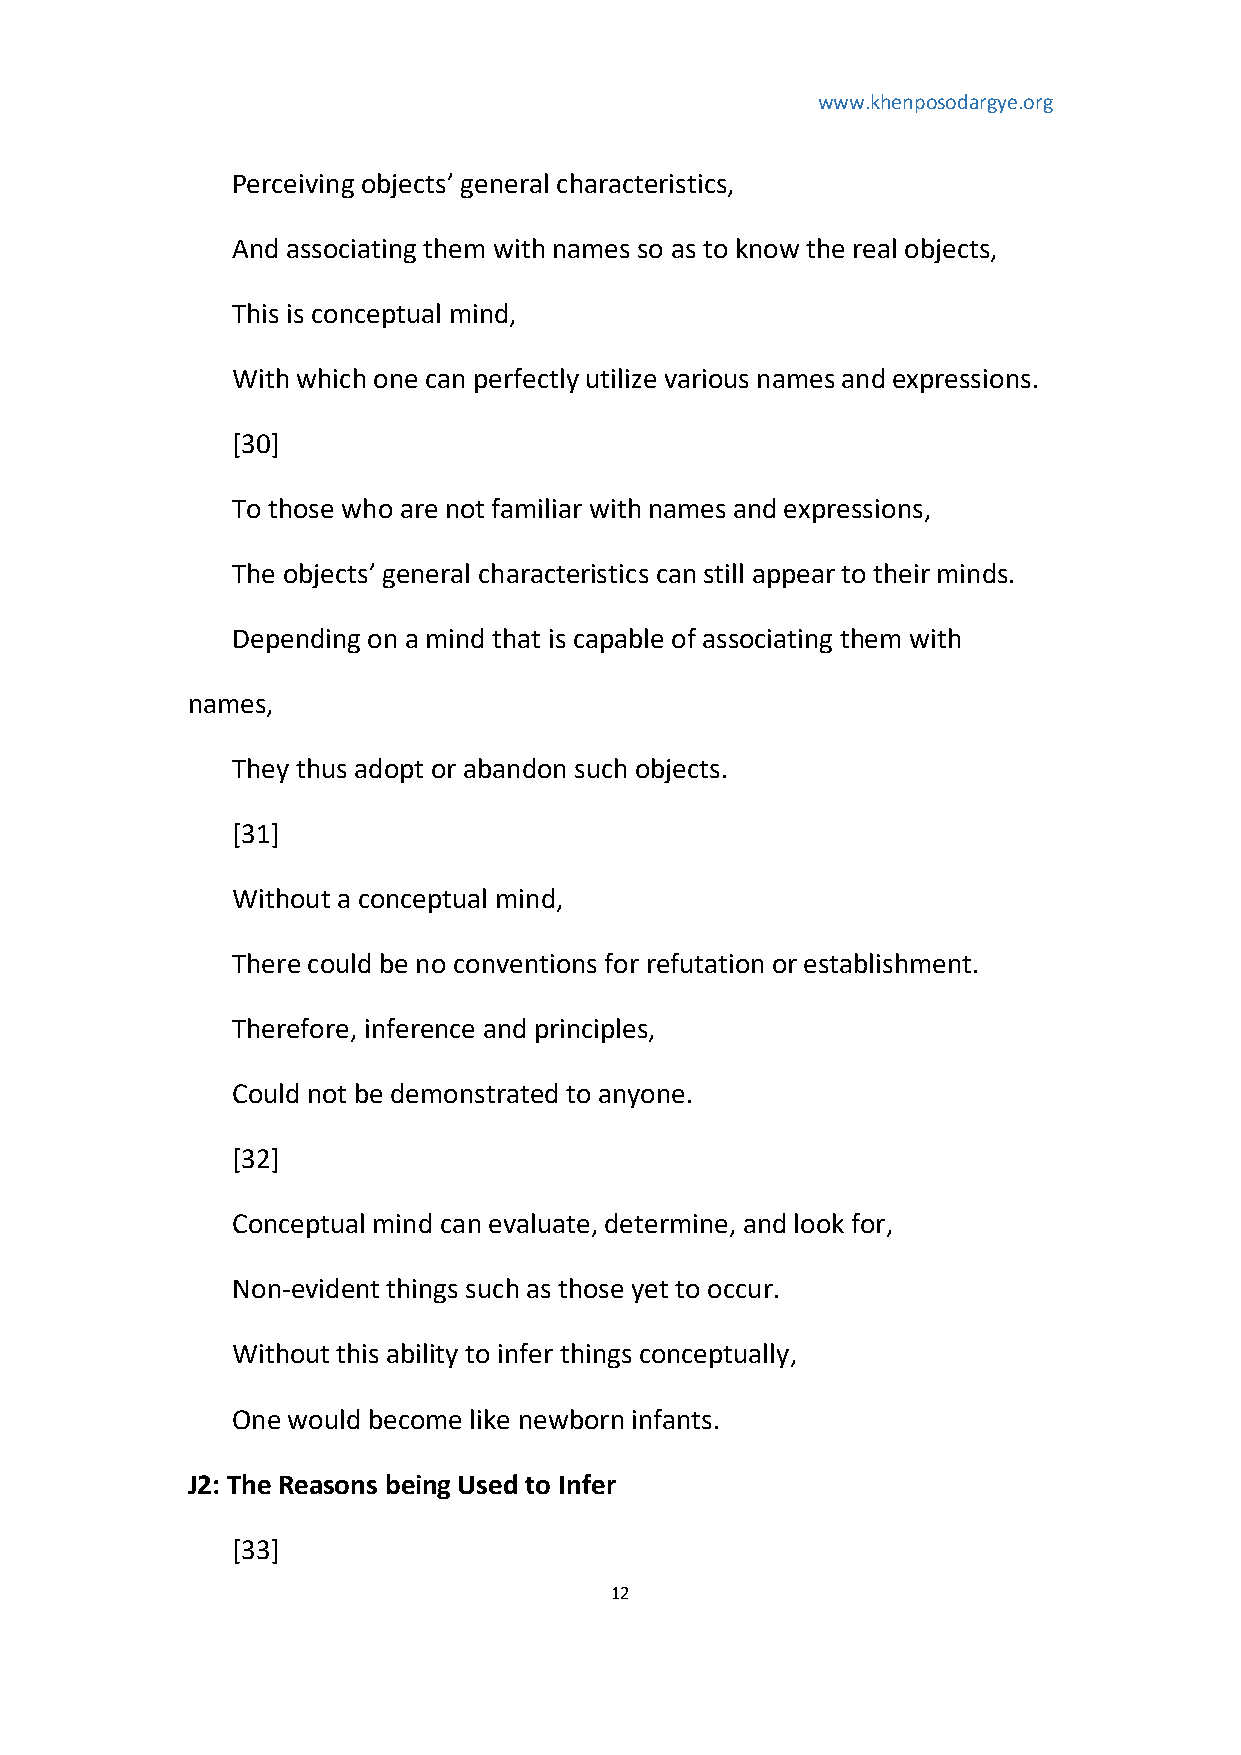
www.khenposodargye.org
 Perceiving objects’ general characteristics,
 And associating them with names so as to know the real objects,
 This is conceptual mind,
 With which one can perfectly utilize various names and expressions.
 [30]
 To those who are not familiar with names and expressions,
 The objects’ general characteristics can still appear to their minds.
 Depending on a mind that is capable of associating them with
 names,
 They thus adopt or abandon such objects.
 [31]
 Without a conceptual mind,
 There could be no conventions for refutation or establishment.
 Therefore, inference and principles,
 Could not be demonstrated to anyone.
 [32]
 Conceptual mind can evaluate, determine, and look for,
 Non-evident things such as those yet to occur.
 Without this ability to infer things conceptually,
 One would become like newborn infants.
 J2: The Reasons being Used to Infer
 [33]
 12